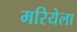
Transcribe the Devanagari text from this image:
मरियेला